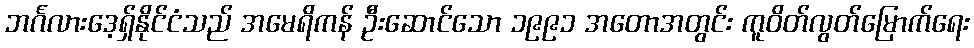
ဘင်္ဂလားဒေ့ရှ်နိုင်ငံသည် အမေရိကန် ဦးဆောင်သော ၁၉၉၁ အတောအတွင်း ကူဝိတ်လွတ်မြောက်ရေး